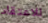
للاعتقاد